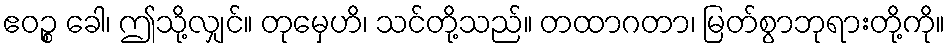
ဧဝဉ္စ ခေါ၊ ဤသို့လျှင်။ တုမှေဟိ၊ သင်တို့သည်။ တထာဂတာ၊ မြတ်စွာဘုရားတို့ကို။